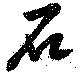
石